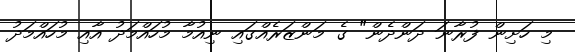
މި ހަށިން ފުރާނަ ދަންދެން" ގެ މަންޒަރެއްގައި ނިއުމާ މުހައްމަދު އާއި މުހައްމަދު